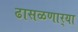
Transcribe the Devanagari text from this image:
ढासळणार्‍या